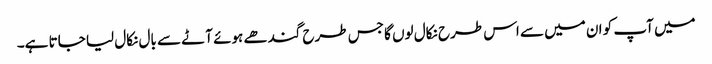
میں آپ کو ان میں سے اس طرح نکال لوں گا جس طرح گندھے ہوئے آٹے سے بال نکال لیا جاتا ہے۔